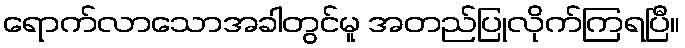
ရောက်လာသောအခါတွင်မူ အတည်ပြုလိုက်ကြရပြီ။